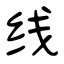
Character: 线